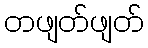
တဖျတ်ဖျတ်